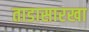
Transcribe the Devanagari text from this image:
ताडासारखा